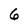
Character: 6